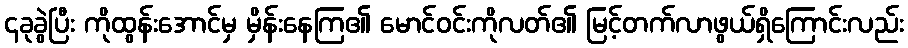
၄ခုခွဲပြီး ကိုထွန်းအောင်မှ မှိန်းနေကြ၏ မောင်ဝင်းကိုလတ်၏ မြင့်တက်လာဖွယ်ရှိကြောင်းလည်း